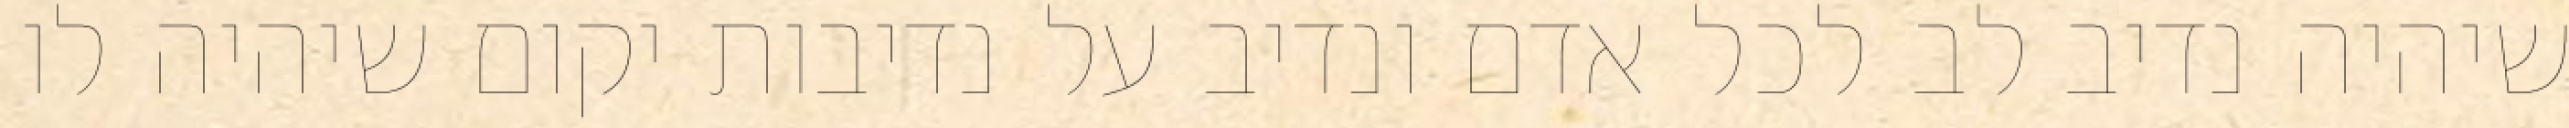
שיהיה נדיב לב לכל אדם ונדיב על נדיבות יקום שיהיה לו